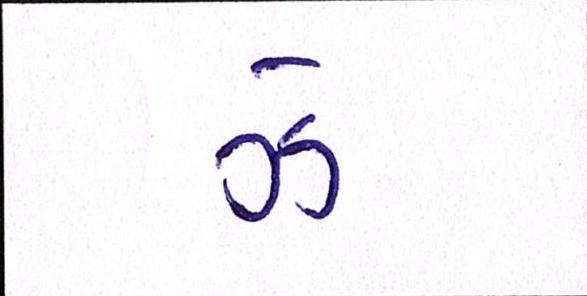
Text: ઝેૄ